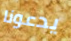
يدعونا